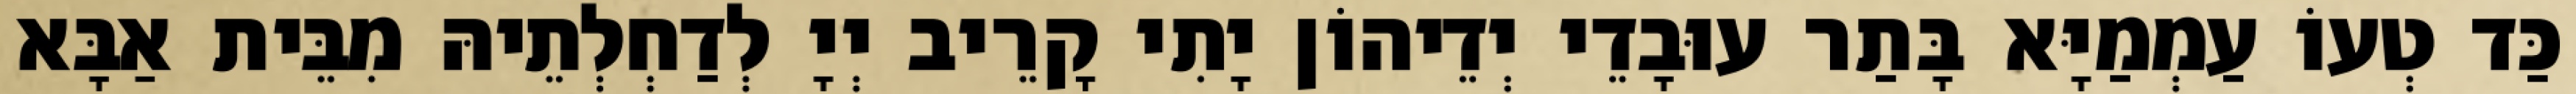
כַּד טְעוֹ עַמְמַיָּא בָּתַר עוּבָדֵי יְדֵיהוֹן יָתִי קָרֵיב יְיָ לְדַחְלְתֵיהּ מִבֵּית אַבָּא